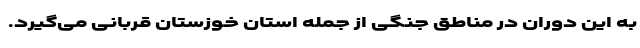
به این دوران در مناطق جنگی از جمله استان خوزستان قربانی می‌گیرد.